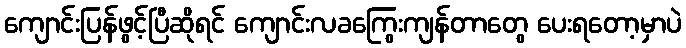
ကျောင်းပြန်ဖွင့်ပြီဆိုရင် ကျောင်းလခကြွေးကျန်တာတွေ ပေးရတော့မှာပဲ